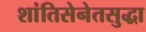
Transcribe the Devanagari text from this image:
शांतिसेनेतसुद्धा